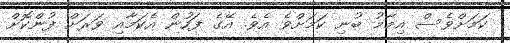
ކަމަށްވެސް އިމާމު ބުނި ކަމަށްވެ އެވެ. އޭގެ ފަހުން އެކަމާއި ވަރަށް ފުންކޮށް